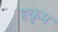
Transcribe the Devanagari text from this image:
हकुम